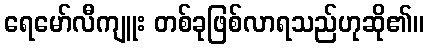
ရေမော်လီကျူး တစ်ခုဖြစ်လာရသည်ဟုဆို၏။